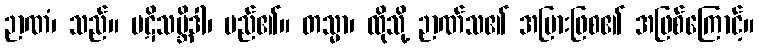
ဉာဏံ၊ သည်။ ပဋိသမ္ဘိဒါ၊ မည်၏။ တသ္မာ၊ ထိုသို့ ဉာဏ်သ၏ အပြားဖြစ၏ အဖြစ်ကြောင့်။